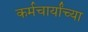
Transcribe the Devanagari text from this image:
कर्मचार्यांच्या